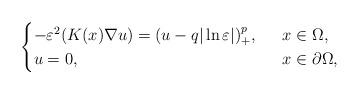
LaTeX: \begin{align*}\begin{cases}-\varepsilon^2(K(x)\nabla u)= (u-q|\ln\varepsilon|)^{p}_+,\ \ &x\in \Omega,\\u=0,\ \ &x\in\partial \Omega,\end{cases}\end{align*}